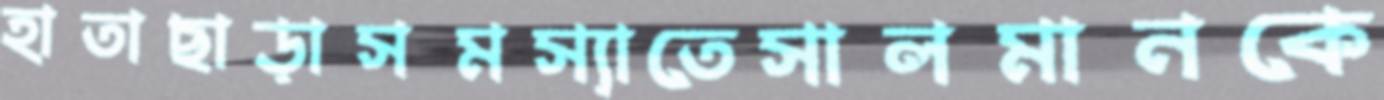
হাতাছাড়াসমস্যাতেসালমানকে